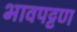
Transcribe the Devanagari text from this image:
भावपट्टण